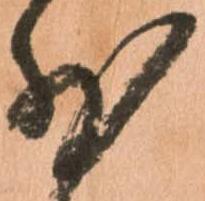
少